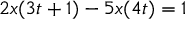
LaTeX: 2 x ( 3 t + 1 ) - 5 x ( 4 t ) = 1